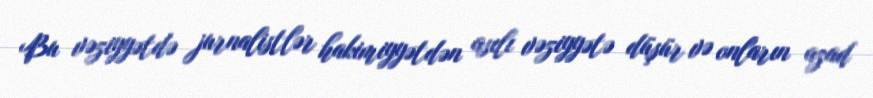
Bu vəziyyətdə jurnalistlər hakimiyyətdən asılı vəziyyətə düşür və onların azad